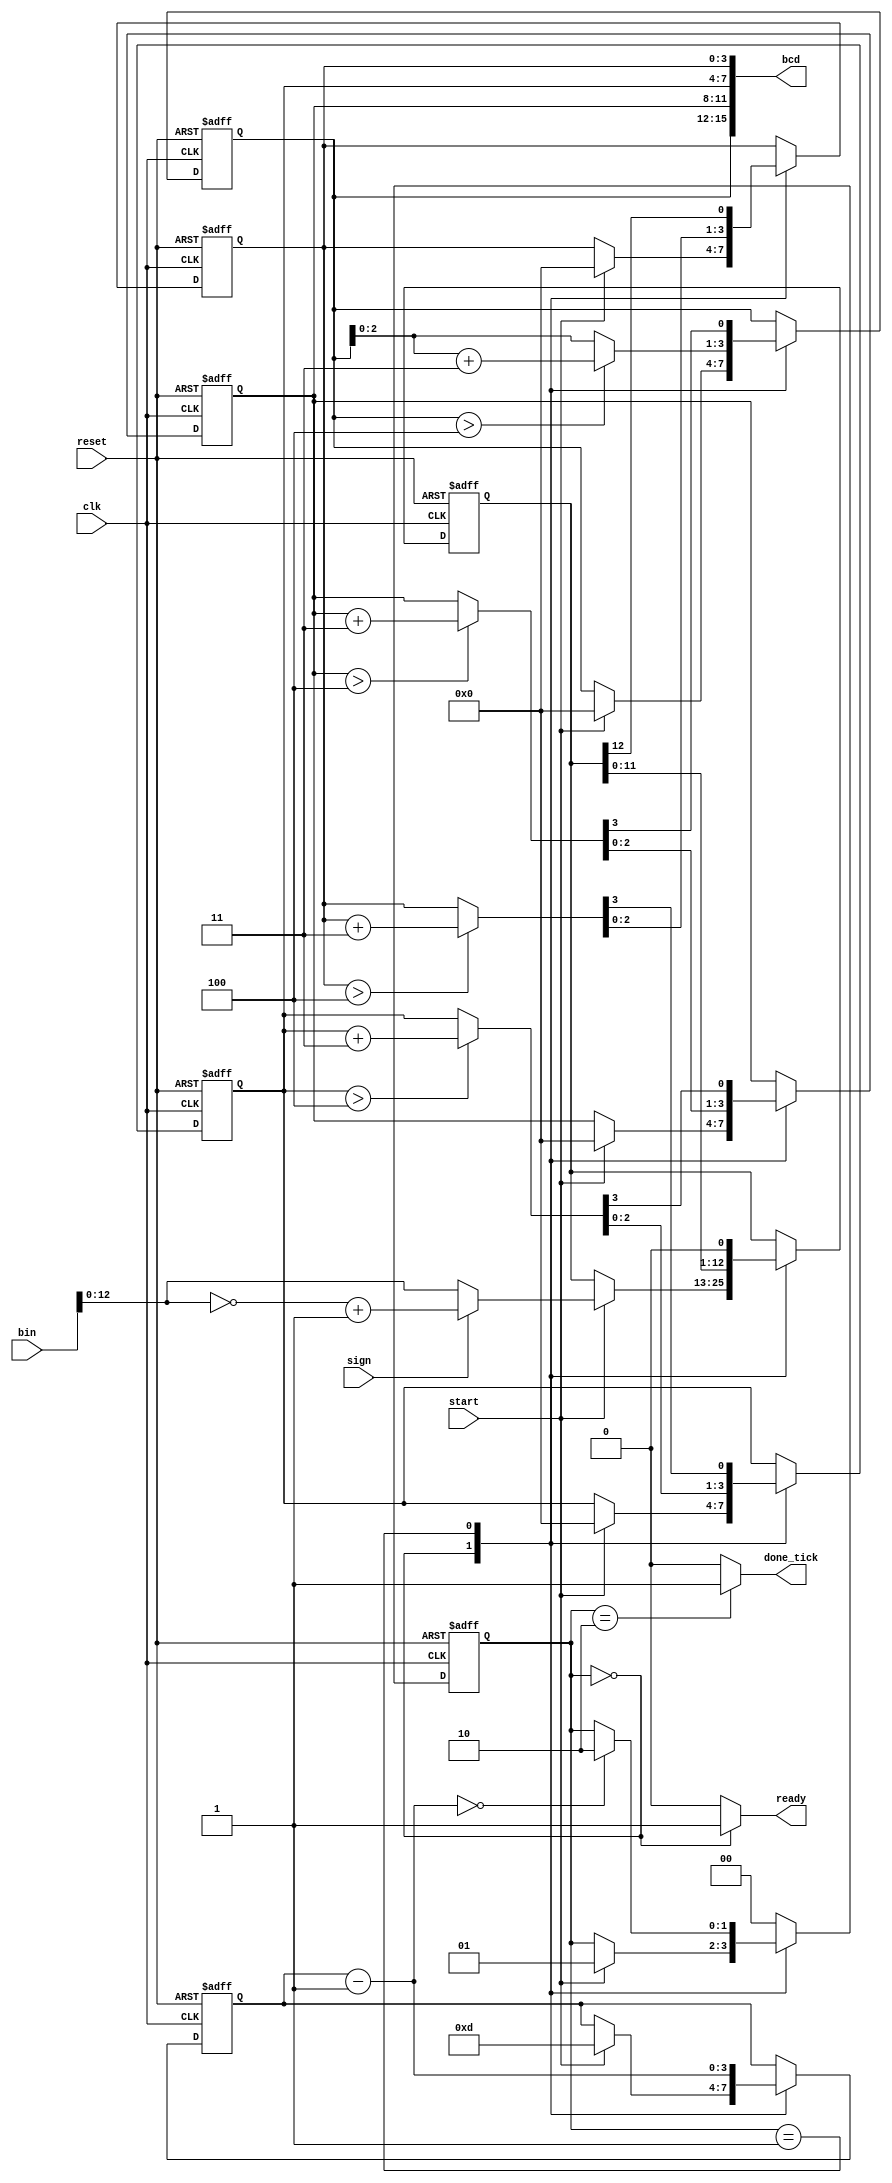
// N bit precision signed binary to BCD converter with decimal point
module bin2bcd
#(
	parameter BCD_N=4,  // Number of BCD modules
	          BIN_N=14  // Bit precision of decimal number
)
(
	input wire clk, reset,
	input wire start, sign,      // Sign is 1 for negative, 0 for positive
	input wire [BIN_N-1:0] bin,
	output reg ready, done_tick,
	output wire [(BCD_N*4)-1:0] bcd
);

localparam [1:0]
	idle = 2'b00,
	op   = 2'b01,
	done = 2'b10;
	
integer i;
reg [1:0] state_reg, state_next;
reg [BCD_N*3:0] p2s_reg, p2s_next;
reg [BCD_N-1:0] n_reg, n_next;
reg [3:0] bcd_reg [BCD_N-1:0];
reg [3:0] bcd_next [BCD_N-1:0];
wire [3:0] bcd_tmp [BCD_N-1:0];

// body
// FSMD state & data registers
always @(posedge clk, posedge reset)
	if (reset)
		begin
			state_reg = idle;
			p2s_reg = 0;
			n_reg = 0;
			for (i = 0; i <= BCD_N-1; i = i + 1)
				bcd_reg[i] = 0;
		end
	else
		begin
			state_reg = state_next;
			p2s_reg = p2s_next;
			n_reg = n_next;
			for (i = 0; i <= BCD_N-1; i = i + 1)
				bcd_reg[i] = bcd_next[i];
		end

// FSMD next-state logic
always @*
	begin
		state_next = state_reg;
		ready = 1'b0;
		done_tick = 1'b0;
		p2s_next = p2s_reg;
		for (i = 0; i <= BCD_N-1; i = i + 1)
			bcd_next[i] = bcd_reg[i];
		n_next = n_reg;
		case (state_reg)
			idle:
				begin
					ready = 1'b1;
					if (start)
						begin
							state_next = op;
							for (i = 0; i <= BCD_N-1; i = i + 1)
								bcd_next[i] = 0;
							n_next = (BCD_N * 4'd3) + 1'b1; // index
							if (sign)
								p2s_next = ~bin + 1'b1;
							else
								p2s_next = bin;   // shift register
							state_next = op;
						end
				end
			op:
				begin
					// shift in binary bit
					p2s_next = p2s_reg << 1;
					// shift 4 BCD digits
					// {bcd3_next, bcd2_next, bcd1_next, bcd0_next}
					// {bcd3_tmp[2:0], bcd2_temp, bcd1_tmp, bcd0_tmp}
					// p2s_reg[12]
					
					for (i = 0; i <= BCD_N-1; i = i + 1)
						begin
							if (i == 0)
								bcd_next[0] = {bcd_tmp[0][2:0], p2s_reg[BCD_N * 3]};
							else
								bcd_next[i] = {bcd_tmp[i][2:0], bcd_tmp[i-1][3]};
						end
					
					n_next = n_reg - 1'b1;
					if (n_next == 0)
						state_next = done;
				end
			done:
				begin
					done_tick = 1'b1;
					state_next = idle;
				end
			default:
				state_next = idle;
		endcase
	end
	
// data path
genvar g;
generate
	for (g = 0; g <= BCD_N-1; g = g + 1)
	begin : dataoutput
		assign bcd_tmp[g] = (bcd_reg[g] > 4'd4) ? bcd_reg[g] + 4'd3 : bcd_reg[g];
		assign bcd[(4 * g) + 3:(4 * g)] = bcd_reg[g];
	end
endgenerate
	
endmodule